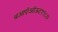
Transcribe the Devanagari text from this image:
बआऍऑऊट१९८७